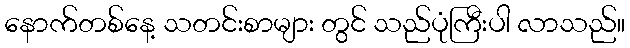
နောက်တစ်နေ့ သတင်းစာများ တွင် သည်ပုံကြီးပါ လာသည်။